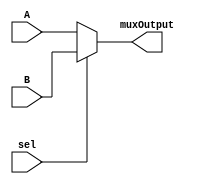
module mux2x1(A, B, sel, muxOutput);
input A, B, sel;
output reg muxOutput;

always @ (A or B or sel)
       if (sel==0)
       muxOutput = A;
       else muxOutput = B;
       
endmodule